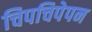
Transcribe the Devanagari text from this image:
चिपचिपेपन